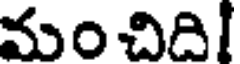
మంచిది!